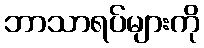
ဘာသာရပ်များကို